Document type: Sale
Year: 1209
Scribe: Arnau de Torre
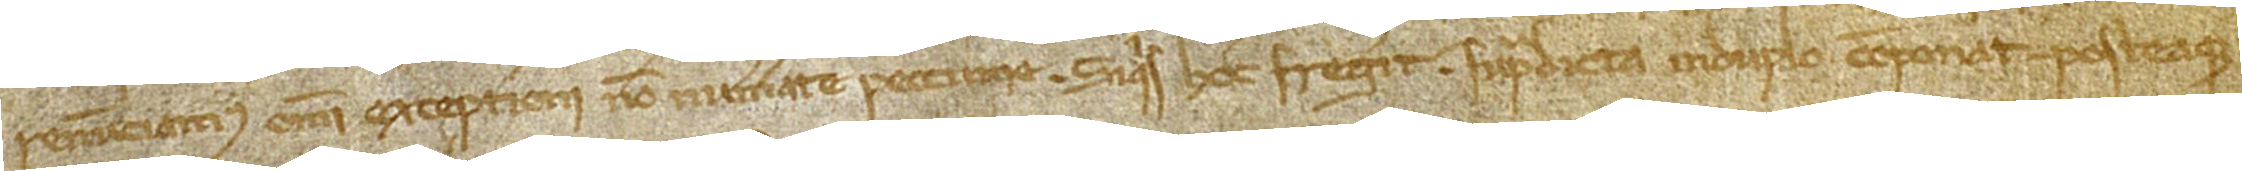
renunciamus omni exceptioni non numerate peccunie. Siquis hoc fregerit supradicta, in duplo componat, posteaque